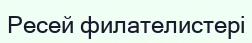
Ресей филателистері